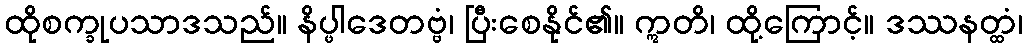
ထိုစက္ခုပသာဒသည်။ နိပ္ဖါဒေတဗ္ဗံ၊ ပြီးစေနိုင်၏။ ဣတိ၊ ထို့ကြောင့်။ ဒဿနတ္ထံ၊